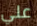
علي